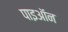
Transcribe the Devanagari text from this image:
पाइऑन